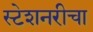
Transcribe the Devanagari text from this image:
स्टेशनरीचा